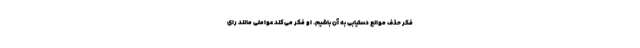
فکر حذف موانع دستیابی به آن باشیم. او فکر می‌کند عواملی مانند رای